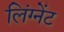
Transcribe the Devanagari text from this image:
लिंग्नेंट